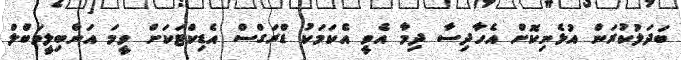
ބަދަލުކުރަން އުޅެނިކޮށް އެހާދިސާ ދިމާ އެވީ އެކަމަކު ޑްރަގްސް އެޑިކްޓަކަށް ވީމަ އަންބިލީވަބްލް